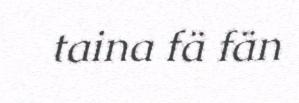
taina fä fän